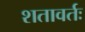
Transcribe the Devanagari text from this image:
शतावर्तः